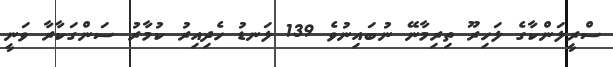
ސްރީލަންކާގެ ލަހިރޫ ތިރިމާނޭ ނުބައިނުވެ 139 ލަނޑު ހެދިއިރު ކުމާރު ސަންގަކާރާ ވަނީ